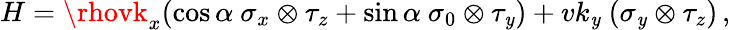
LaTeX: H=\rhovk_{x}(\cos\alpha\ \sigma_{x}\otimes\tau_{z}+\sin\alpha\ \sigma_{0}\otimes\tau_{\mathit{y}})+vk_{\mathit{y}}\ (\sigma_{\mathit{y}}\otimes\tau_{z})\, ,